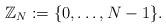
LaTeX: \begin{align*}\mathbb{Z}_N:=\{0,\dotsc, N-1\}.\end{align*}